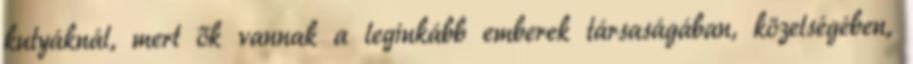
kutyáknál, mert ők vannak a leginkább emberek társaságában, közelségében,